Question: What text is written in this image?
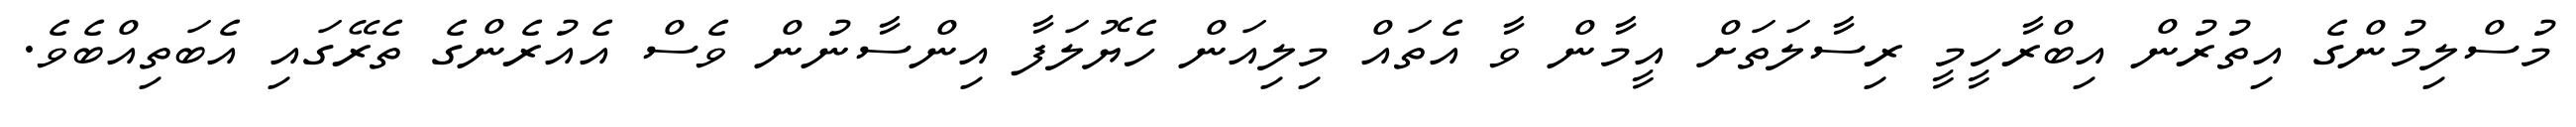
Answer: މުސްލިމުންގެ އިތުރުން އިބްރާހީމީ ރިސާލަތަށް އީމާން ވާ އެތައް މިލިއަން ހެޔޮލަފާ އިންސާނުން ވެސް އެއުރެންގެ ތެރޭގައި އެބަތިއްބެވެ.